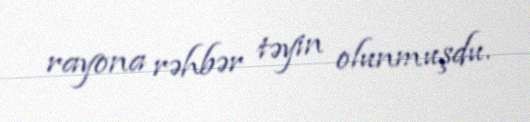
rayona rəhbər təyin olunmuşdu.